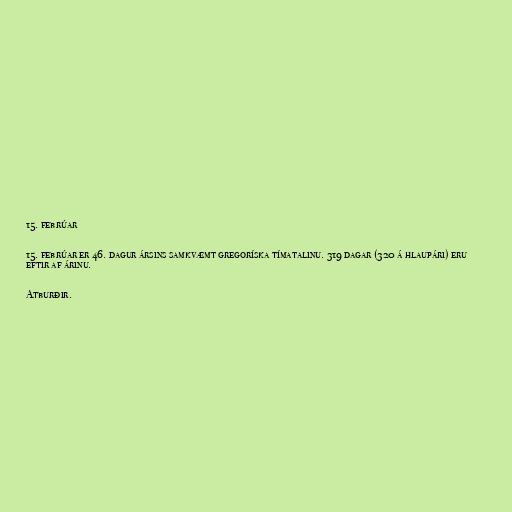
15. febrúar

15. febrúar er 46. dagur ársins samkvæmt gregoríska tímatalinu. 319 dagar (320 á hlaupári) eru
eftir af árinu.

Atburðir.